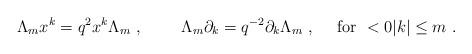
LaTeX: \begin{align*}\Lambda_m x^k=q^2x^k \Lambda_m~,~~~~~~~\Lambda_m\partial _k=q^{-2}\partial_k\Lambda_m~,~~~~{\rm for}~<0\vert k\vert\leq m~.\end{align*}